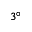
3 ^ { \circ }